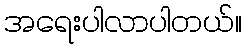
အရေးပါလာပါတယ်။